Vaccine operations Central Provinces & Berar 1912-1920 - 1912-1920
Year: 1912
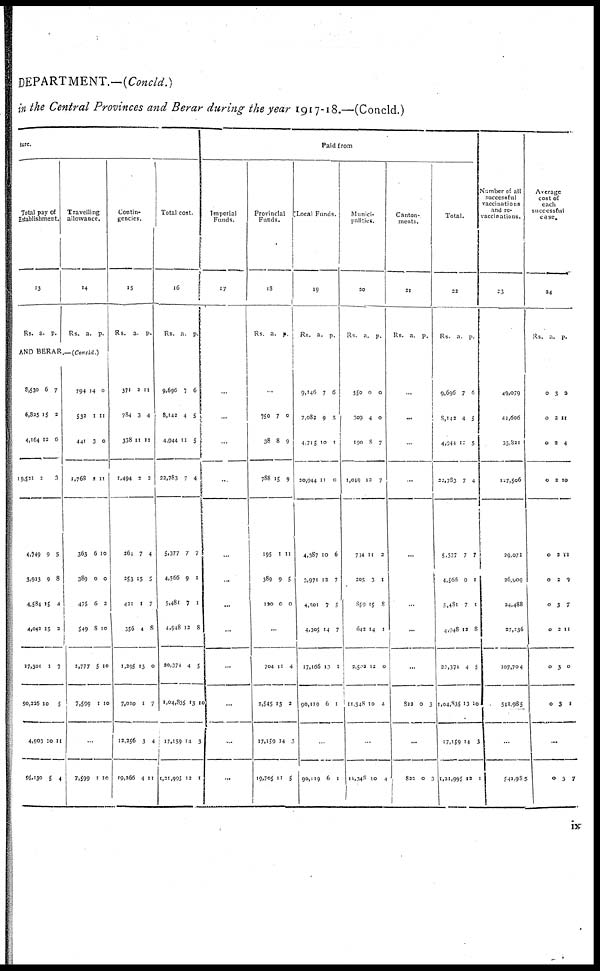
DEPARTMENT.—(Concld.)
in the Central Provinces and Berar during the year 1917-18.—(Concld.)
ture.
Total pay of
Establishment.
13
Rs. a. p.
Travelling
allowance.
14
Rs. a. p.
AND BERAR.—(Concld.)
8,530
6,825
4,164
19,521
4,749
3,923
4,584
4,042
17,301
90,226
4,903
95,130
6
15
12
2
9
9
15
15
1
10
10
5
7
2
6
3
5
8
4
3
7
5
11
4
794
532
441
1,768
363
389
475
549
1,777
7,599
14
1
3
2
6
0
6
8
5
1
0
11
0
11
10
0
2
10
10
10
...
7,599 1 10
Contin-
gencies.
15
Rs. a. p.
371
784
338
1,494
264
253
421
356
1,295
7,010
12,256
19,266
2
3
11
2
7
15
1
4
13
1
3
4
11
4
11
2
4
5
7
8
0
7
4
11
Total cost.
16
Rs. a. p.
9,696
8,142
4,944
22,783
5,377
4,566
5,481
4,948
20,374
1,04,835
17,159
1,21,995
7
4
11
7
7
9
7
12
4
13
14
12
6
5
5
4
7
1
1
8
5
10
3
1
Paid from
Imperial
Funds.
17
...
...
...
...
...
...
...
...
...
...
...
...
Provincial
Funds.
18
Rs. a. p.
...
750
38
788
195
389
120
7
8
15
1
9
0
0
9
9
11
5
0
...
704
2,545
17,159
19,705
11
13
14
11
4
3
3
5
Local Funds.
19
Rs. a. p.
9,146
7,082
4,715
20,944
4,387
3,971
4,501
4,305
17,166
90,119
7
9
10
11
10
12
7
14
13
6
6
5
1
0
6
7
5
7
1
1
...
90,119 6 1
Munici-
palities.
20
Rs. a. p.
550
309
190
1,019
794
205
859
642
2,502
11,348
0
4
8
12
11
3
15
14
12
10
0
0
7
7
3
1
8
1
0
4
...
11,348 10 4
Canton-
ments.
21
Rs. a. p.
...
...
...
...
...
...
...
...
...
822 0
3
...
822 0
3
Total.
22
Rs. a p.
9,696
8,142
4,944
22,783
5,377
4,566
5,481
4,948
20,374
1,04,835
17,159
1,21,995
7
4
11
7
7
9
7
12
4
13
14
12
6
5
5
4
7
1
1
8
5
10
3
1
Number of all
successful
vaccinations
and re¬
vaccinations.
23
49,079
44,606
33,821
127,506
29,071
26,909
24,488
27,236
107,704
542,985
...
542,985
Average
cost of
each
successful
case.
24
Rs. a. p.
0
0
0
0
0
0
0
0
0
0
3
2
2
2
2
2
3
2
3
3
2
11
4
10
11
2
7
11
0
1
...
0 3 7
ix